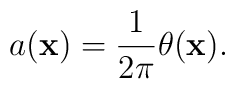
a({\bf x})=\frac{1 }{2\pi}\theta({\bf x}).